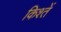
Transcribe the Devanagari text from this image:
किश्तें